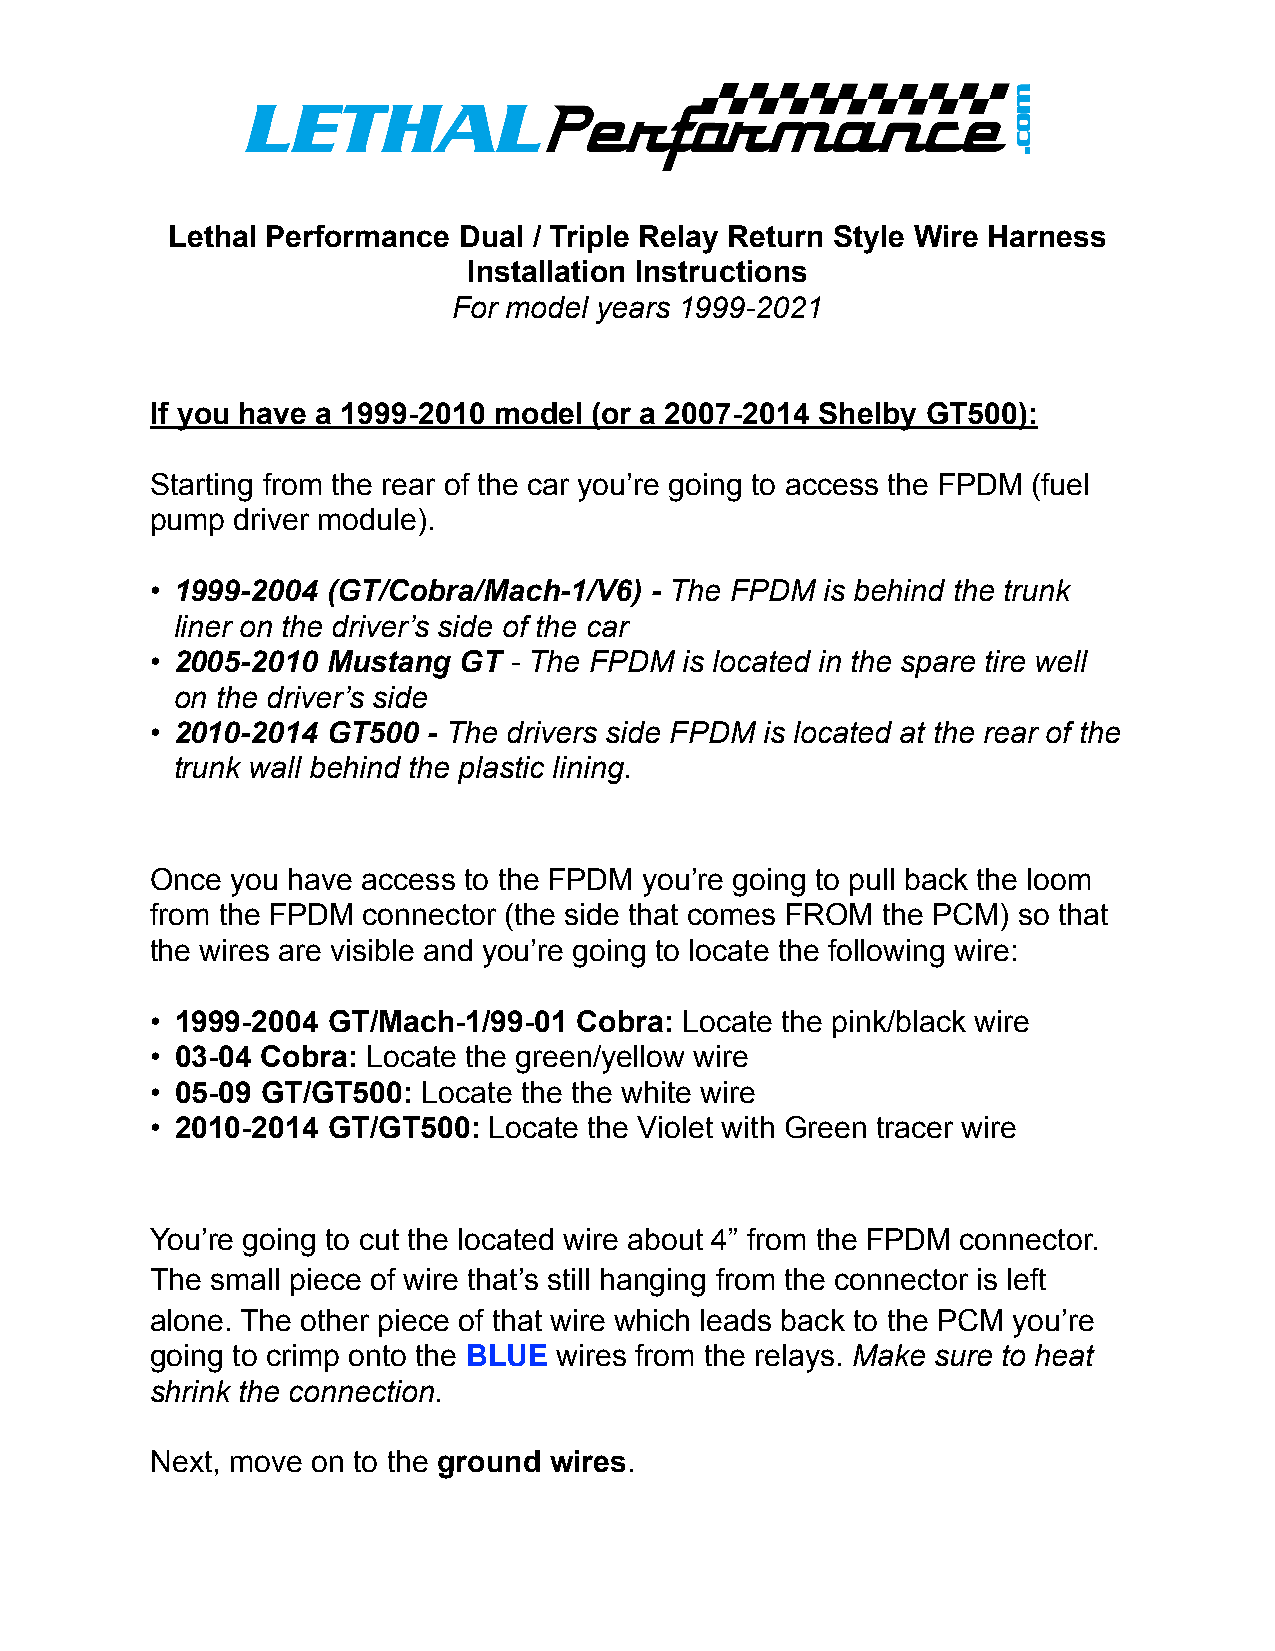
Lethal Performance Dual / Triple Relay Return Style Wire Harness
 Installation Instructions
 For model years 1999-2021
 If you have a 1999-2010 model (or a 2007-2014 Shelby GT500):
 Starting from the rear of the car you’re going to access the FPDM (fuel
 pump driver module).
 • 1999-2004 (GT/Cobra/Mach-1/V6) - The FPDM  is behind the trunk
 liner on the driver’s side of the car
 • 2005-2010 Mustang GT  - The FPDM is located in the spare tire well
 on the driver’s side
 • 2010-2014 GT500 - The drivers side FPDM is located at the rear of the
 trunk wall behind the plastic lining.
 Once you have access to the FPDM you’re going to pull back the loom
 from the FPDM connector (the side that comes FROM the PCM) so that
 the wires are visible and you’re going to locate the following wire:
 • 1999-2004 GT/Mach-1/99-01 Cobra: Locate the pink/black wire
 • 03-04 Cobra: Locate the green/yellow wire
 • 05-09 GT/GT500: Locate the the white wire
 • 2010-2014 GT/GT500: Locate the Violet with Green tracer wire
 You’re going to cut the located wire about 4” from the FPDM connector.
 The small piece of wire that’s still hanging from the connector is left
 alone. The other piece of that wire which leads back to the PCM you’re
 going to crimp onto the BLUE wires from the relays. Make sure to heat
 shrink the connection.
 Next, move on to the ground wires.